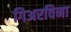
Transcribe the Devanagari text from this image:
गिअरविना